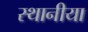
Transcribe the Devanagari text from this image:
स्थानीया